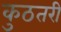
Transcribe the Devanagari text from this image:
कुठतरी